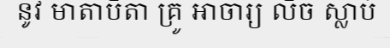
នូវ មាតាបិតា គ្រូ អាចារ្យ លិច ស្លាប់